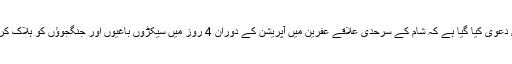
غیرملکی خبررساں ادارے کے مطابق ترکی کی فوج کی جانب سے جاری بیان میں دعویٰ کیا گیا ہے کہ شام کے سرحدی علاقے عفرین میں آپریشن کے دوران 4 روز میں سیکڑوں باغیوں اور جنگجوؤں کو ہلاک کردیا گیا ہے، ہلاک ہونے والوں میں کرد باغی ملیشیا کے 260 ارکان بھی شامل ہیں۔